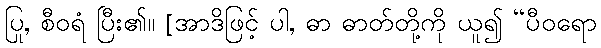
ပြု, စီဝရံ ပြီး၏။ [အာဒိဖြင့် ပါ, ဓာ ဓာတ်တို့ကို ယူ၍ “ပီဝရော